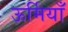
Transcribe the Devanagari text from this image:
ऊर्मियाँ